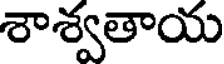
శాశ్వతాయ